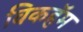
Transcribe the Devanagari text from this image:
विकहॅम